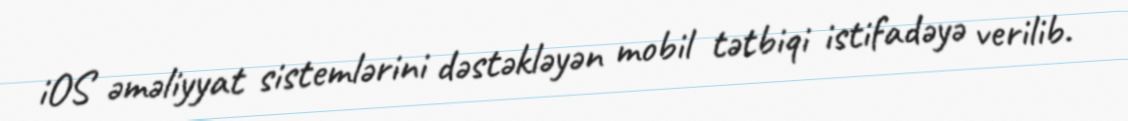
iOS əməliyyat sistemlərini dəstəkləyən mobil tətbiqi istifadəyə verilib.